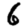
Digit: 6